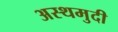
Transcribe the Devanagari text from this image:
अस्थमुदी